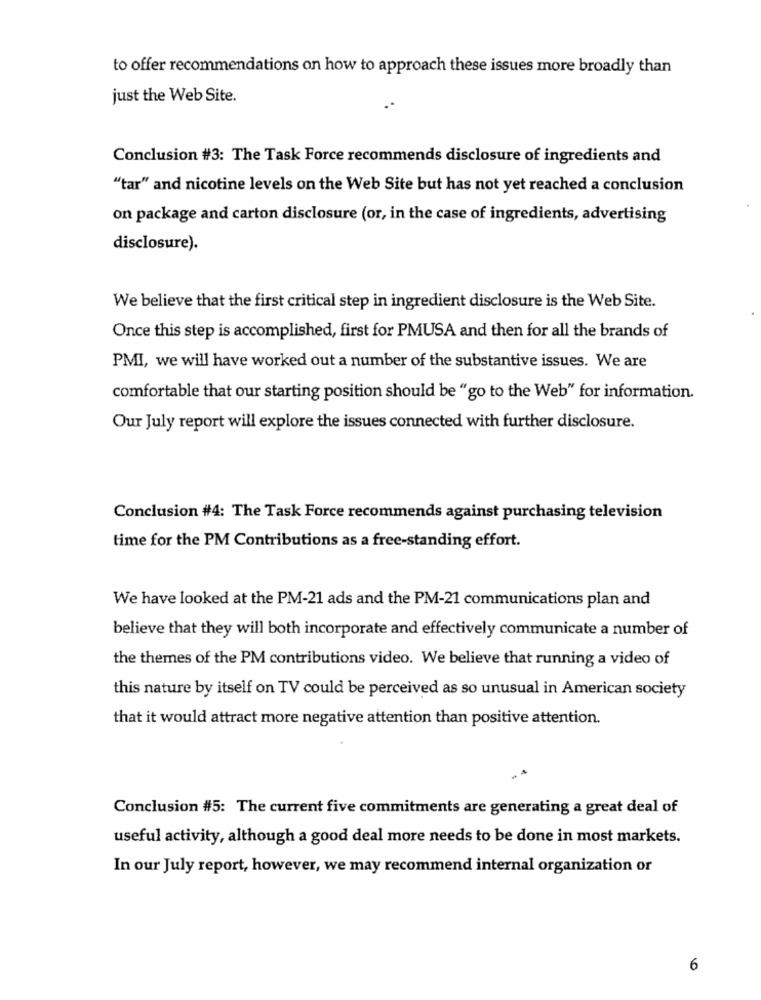
to offer recommendations on how to approach these issues more broadly than
just the Web Site.
Conclusion #3: The Task Force recommends disclosure of ingredients and
"tar" and nicotine levels on the Web Site but has not yet reached a conclusion
on package and carton disclosure (or, in the case of ingredients, advertising
disclosure).
We believe that the first critical step in ingredient disclosure is the Web Site.
Once this step is accomplished, first for PMUSA and then for all the brands of
PMI, we will have worked out a number of the substantive issues. We are
comfortable that our starting position should be "go to the Web" for information.
Our July report will explore the issues connected with further disclosure.
Conclusion #4: The Task Force recommends against purchasing television
time for the PM Contributions as a free-standing effort.
We have looked at the PM-21 ads and the PM-21 communications plan and
believe that they will both incorporate and effectively communicate a number of
the themes of the PM contributions video. We believe that running a video of
this nature by itself on TV could be perceived as so unusual in American society
that it would attract more negative attention than positive attention.
Conclusion #5: The current five commitments are generating a great deal of
useful activity, although a good deal more needs to be done in most markets.
In our July report, however, we may recommend internal organization or
6